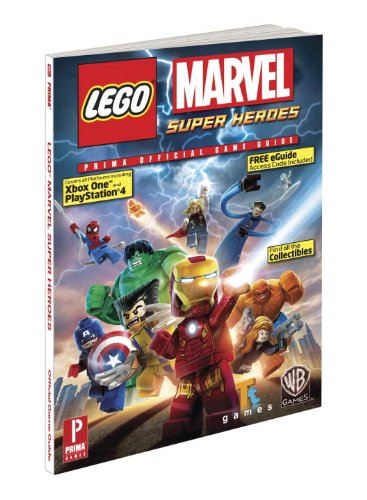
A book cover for LEGO Marvel Super Heroes: Prima Official Game Guide (Prima Official Game Guides); Michael Knight; Science Fiction & Fantasy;